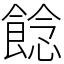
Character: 䭃